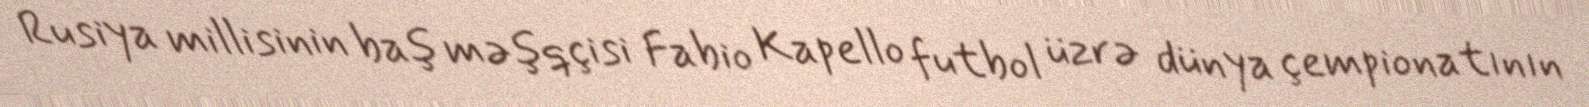
Rusiya millisinin baş məşqçisi Fabio Kapello futbol üzrə dünya çempionatının